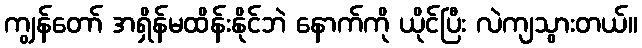
ကျွန်တော် အရှိန်မထိန်းနိုင်ဘဲ နောက်ကို ယိုင်ပြီး လဲကျသွားတယ်။